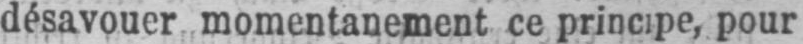
désavouer momentanement ce principe, pour